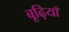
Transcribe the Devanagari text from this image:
बूढ़ियाँ